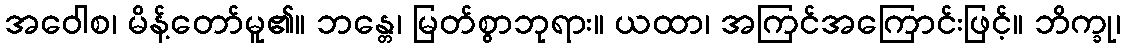
အဝေါစ၊ မိန့်တော်မူ၏။ ဘန္တေ၊ မြတ်စွာဘုရား။ ယထာ၊ အကြင်အကြောင်းဖြင့်။ ဘိက္ခု၊